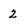
Character: 2